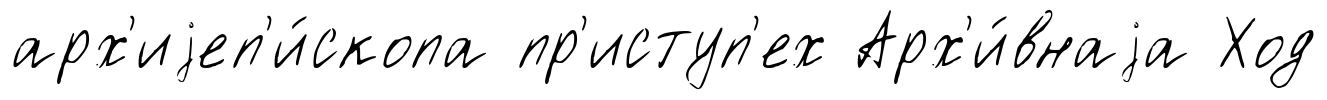
арх'иjеп'и́скопа пр'иступ'ех Арх'и́внаjа Ход